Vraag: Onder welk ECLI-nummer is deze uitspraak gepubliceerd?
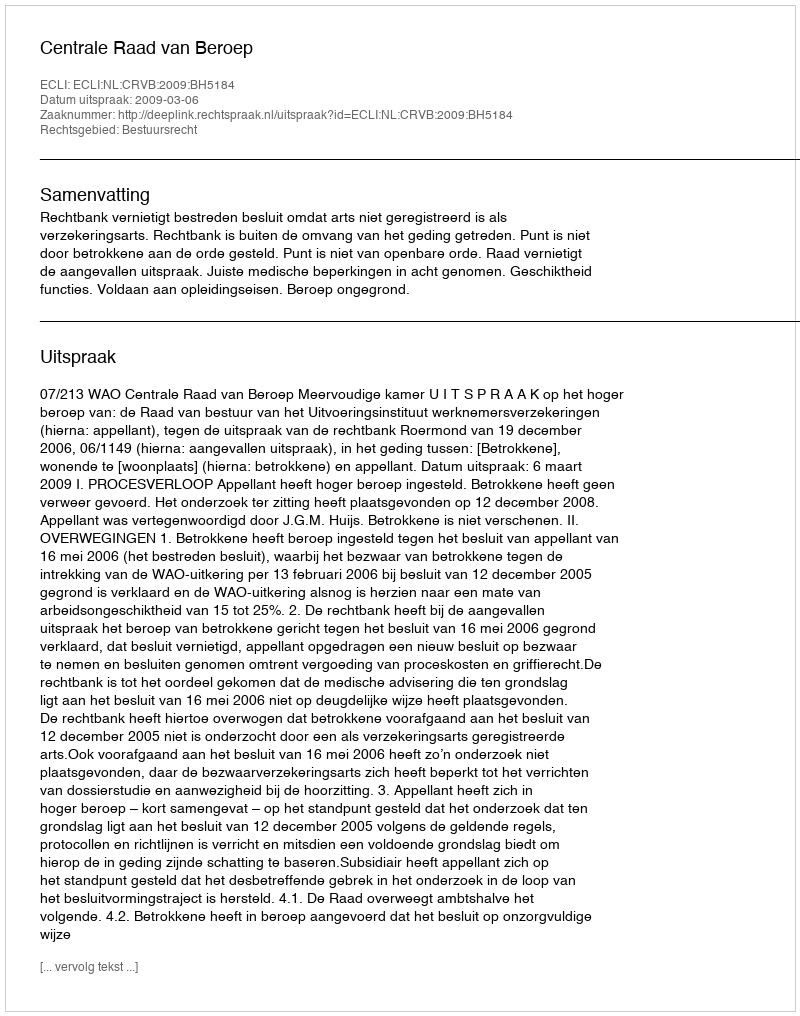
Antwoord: ECLI:NL:CRVB:2009:BH5184